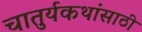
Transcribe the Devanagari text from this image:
चातुर्यकथांसाठी